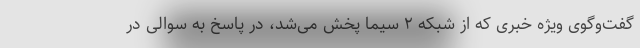
گفت‌وگوی ویژه خبری که از شبکه ۲ سیما پخش می‌شد، در پاسخ به سوالی در